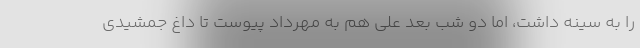
را به سینه داشت، اما دو شب بعد علی هم به مهرداد پیوست تا داغ جمشیدی